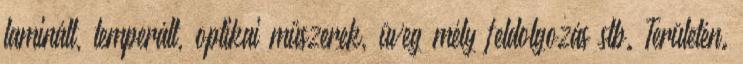
laminált, temperált, optikai műszerek, üveg mély feldolgozás stb. Területén.